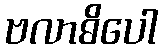
ဗလာဓိပေါ